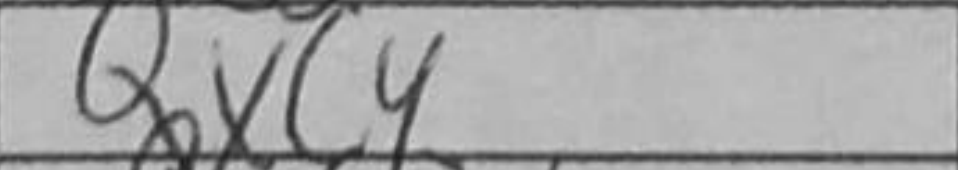
Transcription: Qxc4